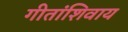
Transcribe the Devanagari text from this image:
गीतांशिवाय